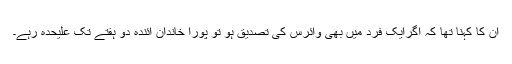
ان کا کہنا تھا کہ اگرایک فرد میں بھی وائرس کی تصدیق ہو تو پورا خاندان آئندہ دو ہفتے تک علیحدہ رہے۔